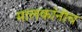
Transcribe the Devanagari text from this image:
मालकांनीच